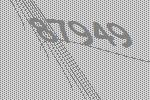
87949